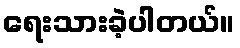
ရေးသားခဲ့ပါတယ်။